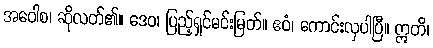
အဝေါစ၊ ဆိုလတ်၏။ ဒေဝ၊ ပြည့်ရှင်မင်းမြတ်။ ဧဝံ၊ ကောင်းလှပါပြီ။ ဣတိ၊